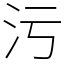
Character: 污